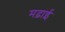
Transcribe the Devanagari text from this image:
मढ़ाई